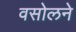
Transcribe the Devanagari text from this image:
वसोलने